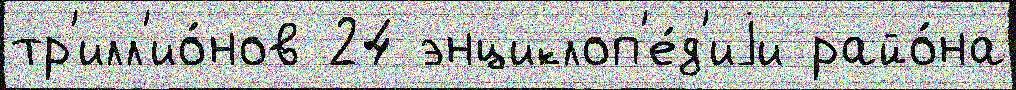
тр'илл'ио́нов 24 энциклоп'е́д'иjи райо́на